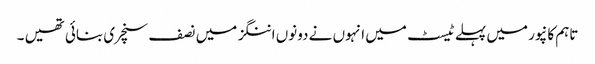
تاہم کانپور میں پہلے ٹیسٹ میں انہوں نے دونوں اننگز میں نصف سنچری بنائی تھیں ۔